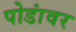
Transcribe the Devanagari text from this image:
पोडांवर